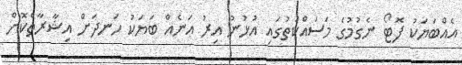
އެއްބަޔަކު ފޮޓޯ ނެގުމުގެ މަސައްކަތުގައި އުޅުނު އިރު އަނެއް ބަޔަކު ހަނދަށް އިޝާރާތްކޮށް